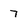
Character: 7